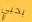
بحبي